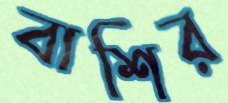
বাশির